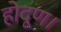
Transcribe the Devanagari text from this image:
होदूण।